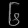
Digit: ၆